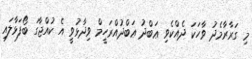
މި ގަރާރާމެދު ވާހަކަ ދެއްކެވި ޢަބްދު ޢަބްދުއްރަހީމް ވިދާޅުވީ އެ ކުއްޖާގަ ބޯފަޅާލައި